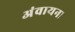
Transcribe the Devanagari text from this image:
अंवायना